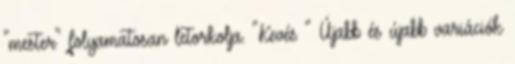
"mester" folyamatosan letorkolja. "Kevés " Újabb és újabb variációk